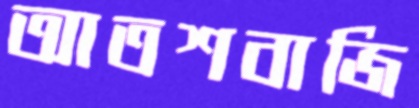
আতশবাজি